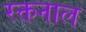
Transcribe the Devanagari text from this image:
रक्तनाल